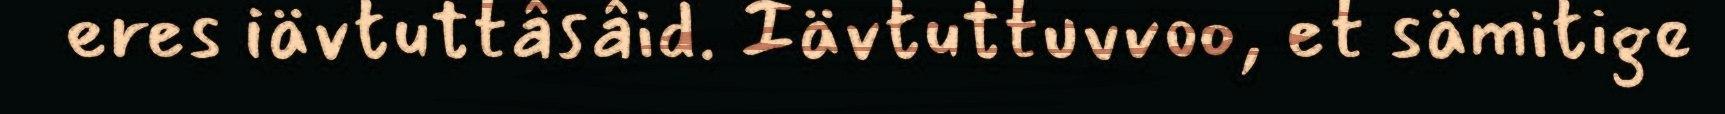
eres iävtuttâsâid. Iävtuttuvvoo, et sämitige